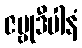
ဇမ္ဗုဒီပါနံ